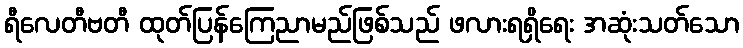
ရီလေတီဗတီ ထုတ်ပြန်ကြေညာမည်ဖြစ်သည် ဖလားရရှိရေး အဆုံးသတ်သော